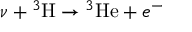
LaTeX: \nu + { } ^ { 3 } \mathrm { H } \rightarrow { } ^ { 3 } \mathrm { H e } + e ^ { - }